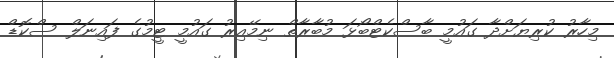
މިހާރު ކުރިޔަށްދާ ގައުމީ ބާސްކެޓްބޯޅަ މުބާރާތް ނިމޭއިރު ގައުމީ ޓީމުގެ ފައިނަލް ސްކޮޑް